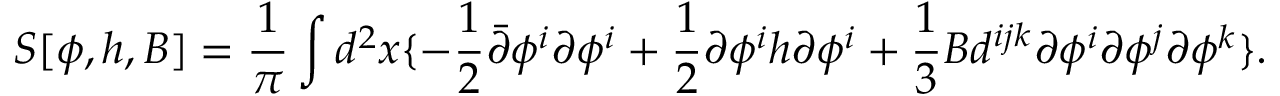
S [ \phi , h , B ] = \frac { 1 } { \pi } \int d ^ { 2 } x \{ - \frac { 1 } { 2 } \bar { \partial } \phi ^ { i } \partial \phi ^ { i } + \frac { 1 } { 2 } \partial \phi ^ { i } h \partial \phi ^ { i } + \frac { 1 } { 3 } B d ^ { i j k } \partial \phi ^ { i } \partial \phi ^ { j } \partial \phi ^ { k } \} .